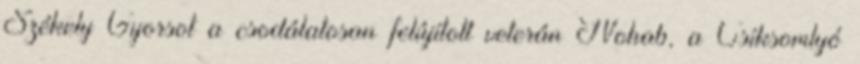
Székely Gyorsot a csodálatosan felújított veterán Nohab, a Csíksomlyó